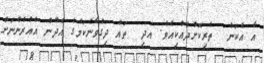
އާ އެކަން  ތެރިކޮށްދެއްކިއެވެ. އަދި  ތައް ދިގުވާނެކަމުގެ އެދުން އެއުރެންނަށް